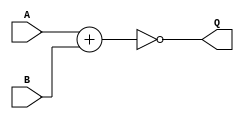
module NORgate (A, B, Q);

input A,B;
output Q;

assign Q = !(A+B);

endmodule

module NANDusingNOR (A, B, Q);

    input A, B;
    output Q;

    wire C, D, E, F;

    NORgate u1(A, A, C);
    NORgate u2(B, B, D);
    NORgate u3(C, D, E);
    NORgate U4(E, E, F);

    assign Q = F;

endmodule